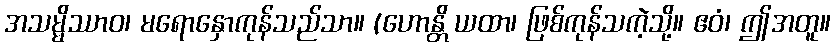
အသမ္မိဿာဝ၊ မရောနှောကုန်သည်သာ။ (ဟောန္တိ ယထာ၊ ဖြစ်ကုန်သကဲ့သို့။ ဧဝံ၊ ဤအတူ။